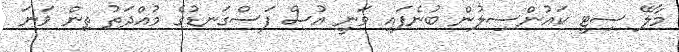
މާލޭ ސިޓީ ކައުންސިލުން ބުނެފައި ވަނީ އުސް ފަސްގަނޑުގެ މުއްދަތު ތިން ވަނަ